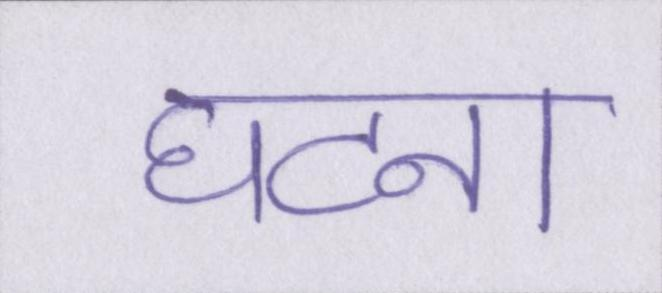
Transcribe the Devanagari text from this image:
घटना